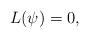
LaTeX: \begin{align*}L(\psi)=0,\end{align*}